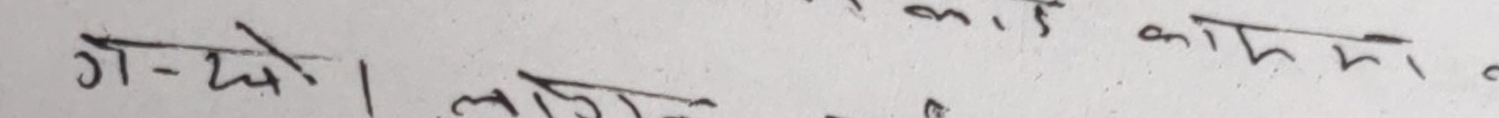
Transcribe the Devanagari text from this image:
ग-खे। काममा
लाज